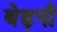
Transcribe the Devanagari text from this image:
बेढ़गी